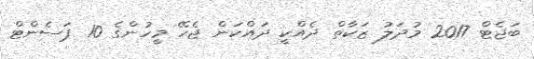
ބަޖެޓް 2017 މުދަލު ޒަކާތް ދެއްކީ ދައްކަން ޖެހޭ މީހުންގެ 10 ޕަސެންޓް